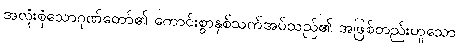
အလုံးစုံသောဂုဏ်တော်၏ ကောင်းစွာနှစ်သက်အပ်သည်၏ အဖြစ်တည်းဟူသော